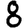
Digit: 8